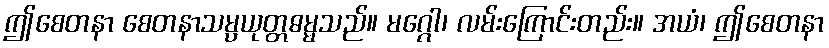
ဤစေတနာ စေတနာသမ္ပယုတ္တဓမ္မသည်။ မဂ္ဂေါ၊ လမ်းကြောင်းတည်း။ အယံ၊ ဤစေတနာ